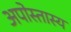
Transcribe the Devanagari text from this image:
अपोस्तास्य